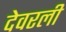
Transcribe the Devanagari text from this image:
देवरली